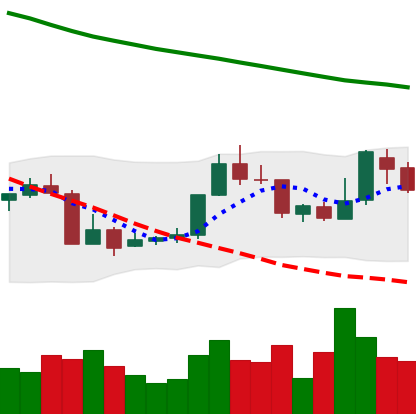
Ticker: XMR-USD
Chart end date: 2018-07-26
Forward return: -10.595%
Label: down_7plus